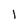
Character: l